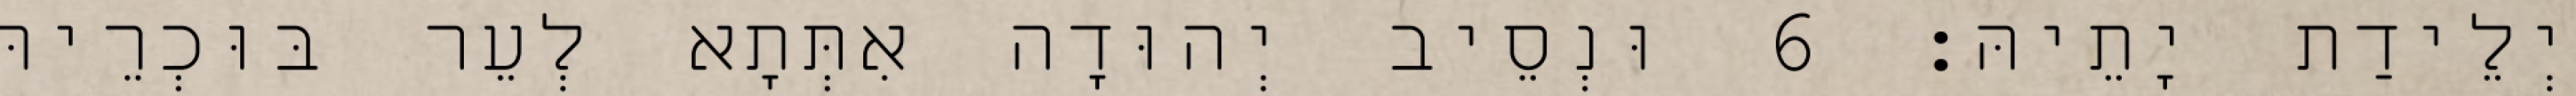
יְלֵידַת יָתֵיהּ׃ 6 וּנְסֵיב יְהוּדָה אִתְּתָא לְעֵר בּוּכְרֵיהּ